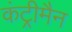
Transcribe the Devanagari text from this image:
कंट्रीमैन